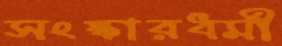
সংস্কারধর্মী